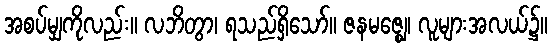
အစပ်မျှကိုလည်း။ လဘိတွာ၊ ရသည်ရှိသော်။ ဇနမဇ္ဈေ၊ လူများအလယ်၌။